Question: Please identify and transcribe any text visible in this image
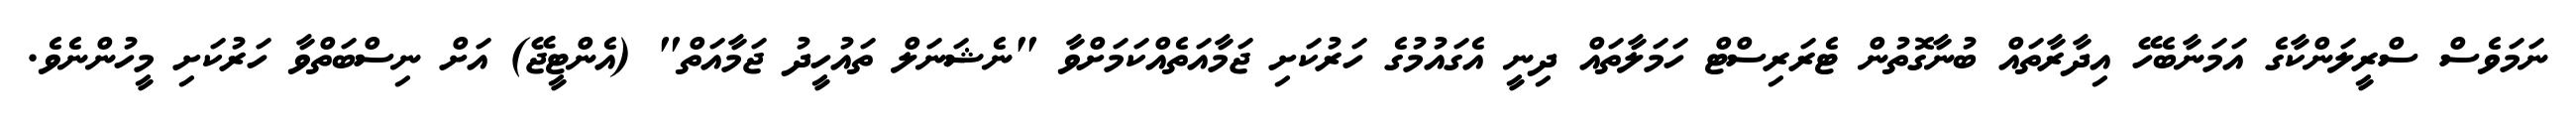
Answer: ނަމަވެސް ސްރީލަންކާގެ އަމަނާބެހޭ އިދާރާތައް ބުނާގޮތުން ޓެރަރިސްޓް ހަމަލާތައް ދިނީ އެގައުމުގެ ހަރުކަށި ޖަމާއަތެއްކަމަށްވާ "ނެޝަނަލް ތައުހީދު ޖަމާއަތް" (އެންޓީޖޭ) އަށް ނިސްބަތްވާ ހަރުކަށި މީހުންނެވެ.